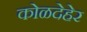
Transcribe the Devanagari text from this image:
कोळदेहेर